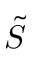
\Tilde { S }